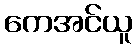
ကေအင်ယူ